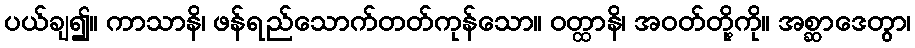
ပယ်ချ၍။ ကာသာနိ၊ ဖန်ရည်သောက်တတ်ကုန်သော။ ဝတ္ထာနိ၊ အဝတ်တို့ကို။ အစ္ဆာဒေတွာ၊